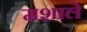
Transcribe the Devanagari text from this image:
मशाले